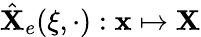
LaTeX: \hat{\mathbf X}_{e}(\xi,\cdot):{\mathbf x}\mapsto{\mathbf X}